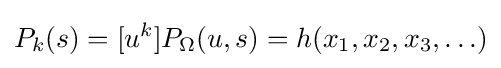
P_{k}(s)=[u^{k}]P_{\Omega }(u,s)=h(x_{1},x_{2},x_{3},\ldots )